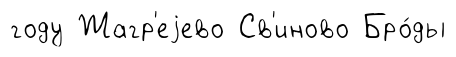
году Жагр'еjево Св'иново Бро́ды